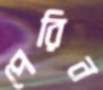
পেরিন